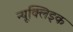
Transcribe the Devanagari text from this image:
न्यूक्‍लिइक